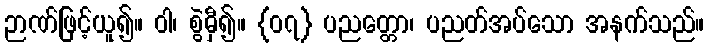
ဉာဏ်ဖြင့်ယူ၍။ ဝါ၊ စွဲမှီ၍။ {၀၇} ပညတ္တော၊ ပညတ်အပ်သော အနက်သည်။